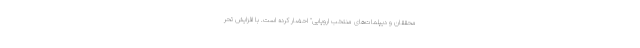
محققان و دیپلمات‌های منتخب اروپایی" احضار کرده است. با افزایش تحر